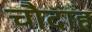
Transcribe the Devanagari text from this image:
चौदाह